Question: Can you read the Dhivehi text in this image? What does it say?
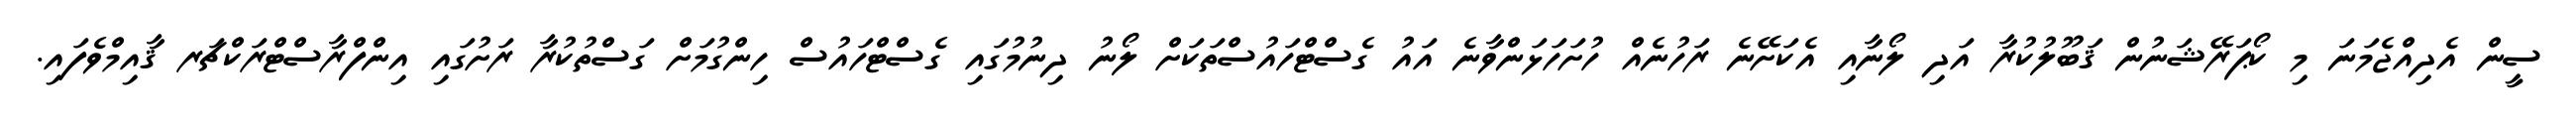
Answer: ސީން އެދިއްޖެމަނަ މި ކޯޕަރޭޝަނުން ޤަބޫލުކުރާ އަދި ލޯނާއި އެކަށޭނެ ރަހުނެއް ހުށަހަޅަންވާނެ އައު ގެސްޓްހައުސްތަކަށް ލޯނު ދިނުމުގައި ގެސްޓްހައުސް ހިންގުމަށް ގަސްތުކުރާ ރަށުގައި އިންފްރާސްޓްރަކްޗަރ ޤާއިމްވެފައި.